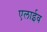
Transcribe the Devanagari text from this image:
एलाईव